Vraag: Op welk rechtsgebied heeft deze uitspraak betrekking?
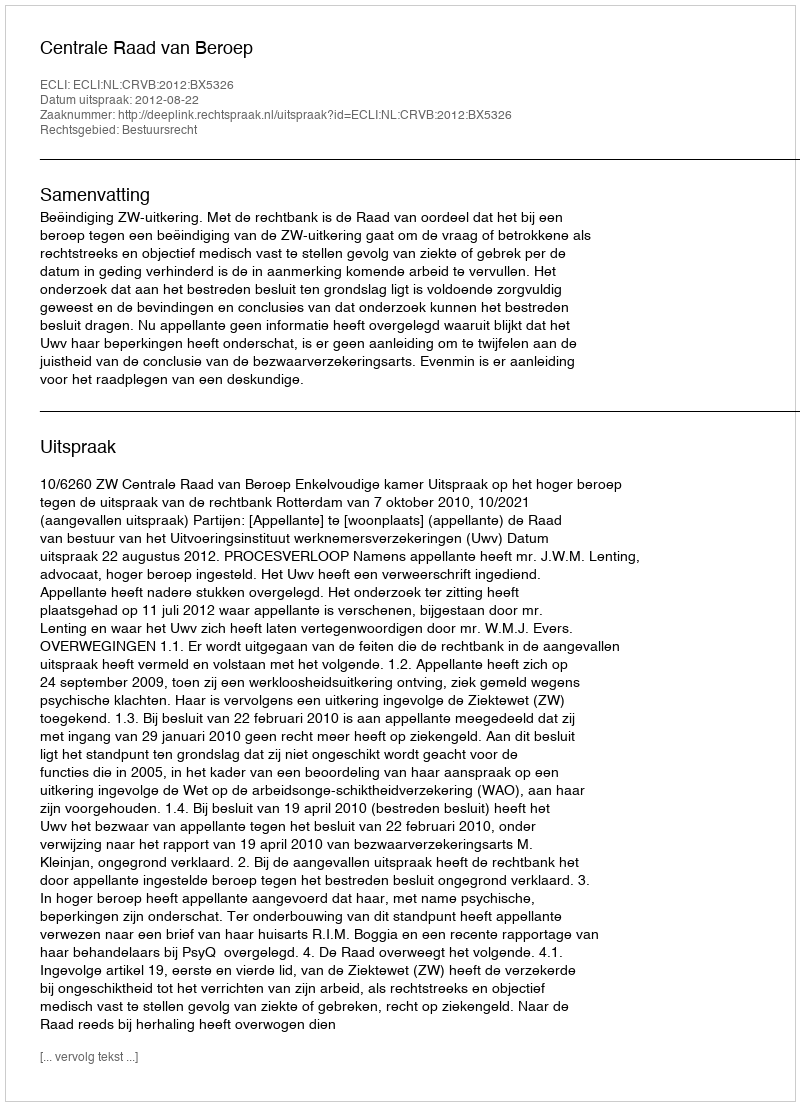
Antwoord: Bestuursrecht